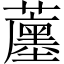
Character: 𧁶